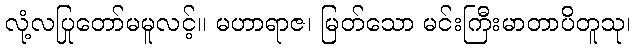
လုံ့လပြုတော်မမူလင့်။ မဟာရာဇ၊ မြတ်သော မင်းကြီးမာတာပိတူသု၊